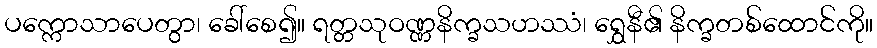
ပက္ကောသာပေတွာ၊ ခေါ်စေ၍။ ရတ္တသုဝဏ္ဏနိက္ခသဟဿံ၊ ရွှေနီ၏ နိက္ခတစ်ထောင်ကို။